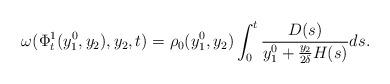
LaTeX: \begin{align*}\omega(\Phi_t^1(y_1^0,y_2),y_2,t)=\rho_0(y_1^0,y_2)\int_0^t \frac{D(s)}{y_1^0+\frac{y_2}{2\delta}H(s)}ds.\end{align*}